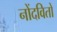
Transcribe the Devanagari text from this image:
नोंदवितो